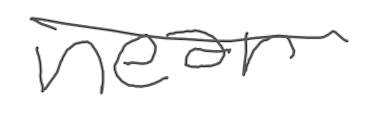
Text: near
Cross-out: single-line
Writing tool: digital_gray